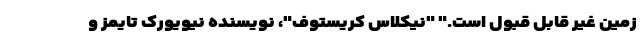
زمین غیر قابل قبول است." "نیکلاس کریستوف"، نویسنده نیویورک تایمز و